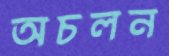
অচলন